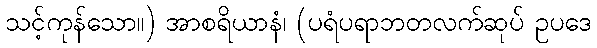
သင့်ကုန်သော။) အာစရိယာနံ၊ (ပရံပရာဘတလက်ဆုပ် ဥပဒေ